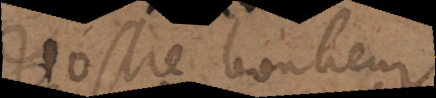
Vostre bonheur